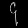
Digit: ၄